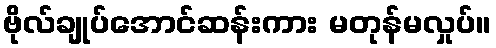
ဗိုလ်ချုပ်အောင်ဆန်းကား မတုန်မလှုပ်။